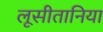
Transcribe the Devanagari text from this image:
लूसीतानिया